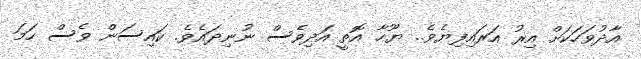
އާދުވަހަކަށް އިރު އަރައިފިޔެވެ.. ޔޫހާ އޮތީ އަދިވެސް ނުނިދައެވެ. ކައިސަން ވެސް ހަމަ